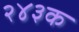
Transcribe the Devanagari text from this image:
२४३क